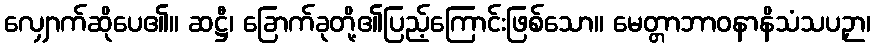
လျှောက်ဆိုပေ၏။ ဆဋ္ဌီ၊ ခြောက်ခုတို့၏ပြည့်ကြောင်းဖြစ်သော။ မေတ္တာဘာဝနာနိသံသပဉှာ၊